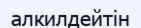
алкилдейтін